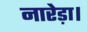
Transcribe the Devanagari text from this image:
नारेड़ा।